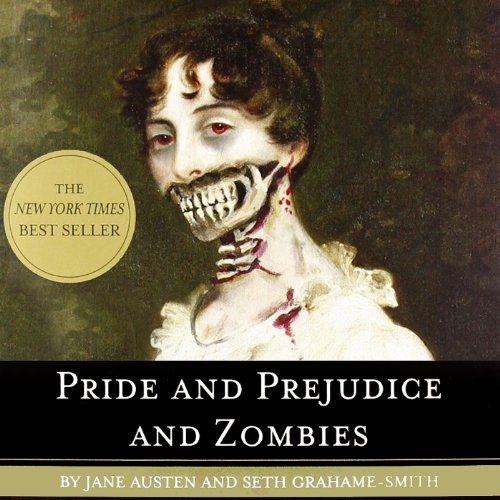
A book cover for Pride and Prejudice and Zombies: Now with Ultraviolent Zombie Mayhem!; Seth Grahame-Smith; Reference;